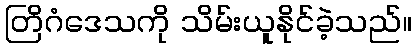
တြိဂံဒေသကို သိမ်းယူနိုင်ခဲ့သည်။